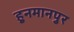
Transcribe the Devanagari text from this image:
हुनमानपुर